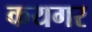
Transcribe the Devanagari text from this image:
कयगर